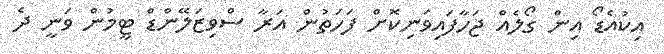
އިކުއެޑޯ އިން ގޯލެއް ޖަހާފައިވަނިކޮށް ފަހަތުން އަރާ ސްވިޒަލޭންޑް ޓީމުން ވަނީ ދެ